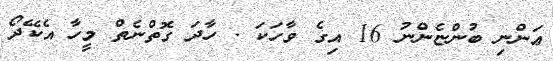
ޢަންނި ބުންޏެންނު 16 އިގެ ވާހަކަ . ހާދަ ގޮތްނެތް މީހާ އެކޭދޯ